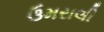
ઉમરાલી